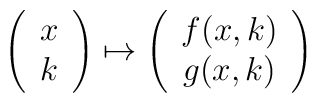
\left( \begin{array}{c} x \\ k \end{array} \right) \mapsto\left( \begin{array}{c} f(x,k) \\ g(x,k) \end{array} \right)